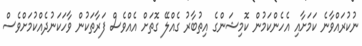
ނުކުރައްވާނެ ކަމަށާއި އެހެންކަމުން ކޮމިޝަންގެ އިތުބާރު ގެއްލޭ ގޮތަށް އެއްވެސް ފަރާތަކުން ވާހަކަނުދެއްކުމަށްވެސް